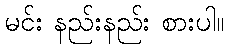
မင်း နည်းနည်း စားပါ။